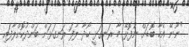
"ނޫނޭ އެހާ ބޮޑަށް ނުފޮޅޭ މާ ރަނގަޅީ ހޯދާ ލާފަ ރަނގަޅަށް ބަންދުކޮށްލާފައި